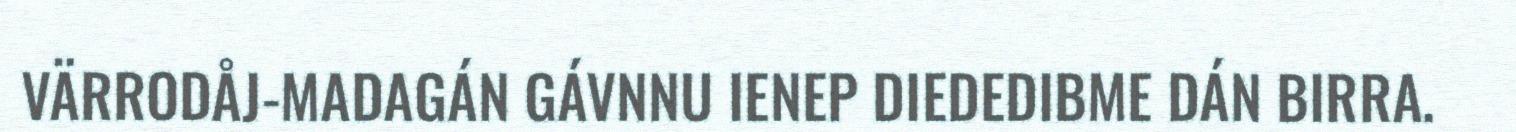
VÄRRODÅJ-MADAGÁN GÁVNNU IENEP DIEDEDIBME DÁN BIRRA.